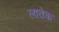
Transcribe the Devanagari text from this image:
लातेक